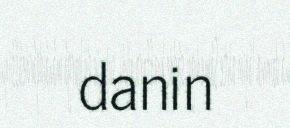
danin